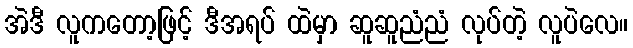
အဲဒီ လူကတော့ဖြင့် ဒီအရပ် ထဲမှာ ဆူဆူညံညံ လုပ်တဲ့ လူပဲလေ။